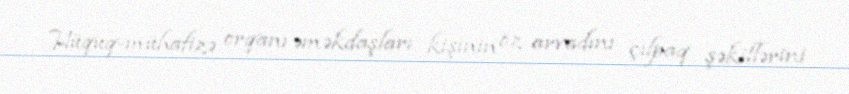
Hüquq-mühafizə orqanı əməkdaşları kişinin öz arvadını çılpaq şəkillərini